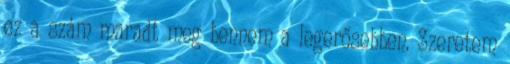
ez a szám maradt meg bennem a legerősebben. Szeretem